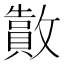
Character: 𫿜